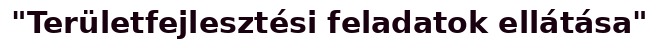
"Területfejlesztési feladatok ellátása"